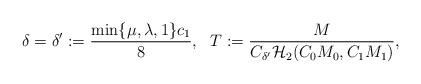
LaTeX: \begin{align*}\delta = \delta' := \dfrac{\min\lbrace \mu,\lambda,1\rbrace c_1}{8}, ~ ~ T : = \dfrac{M}{C_{\delta'} \mathcal H_2 (C_0M_0,C_1M_1)},\end{align*}